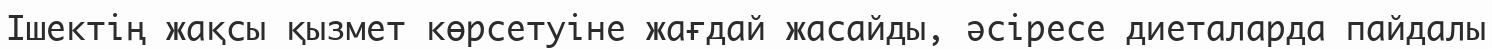
Ішектің жақсы қызмет көрсетуіне жағдай жасайды, әсіресе диеталарда пайдалы